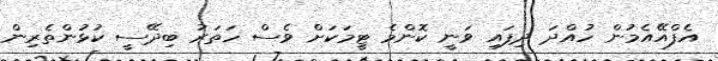
އެފްއޭއެމުން ހުއްދަ ދިފައި ވަނީ ކޮންމެ ޓީމަކަށް ވެސް ހަތަރު ބިދޭސީ ކުޅުންތެރިން